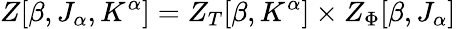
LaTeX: Z[\beta,J_{\alpha},K^{\alpha}]=Z_{T}[\beta,K^{\alpha}]\times Z_{\Phi}[\beta,J_{\alpha}]